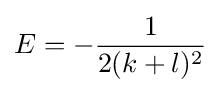
E=-{1 \over 2(k+l)^{2}}